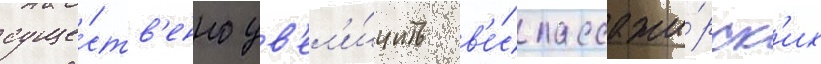
суще́ств'енно ув'ел'и́чить в'е́с пассажи́рск'их